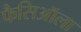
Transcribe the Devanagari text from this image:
फैसिऑला